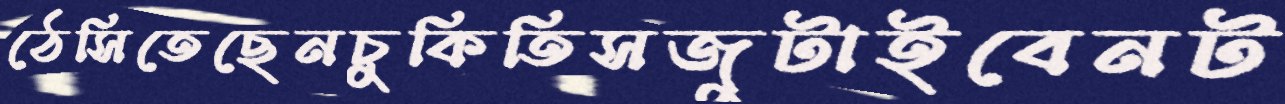
ঠেসিতেছেনচুকিতিসজুটাইবেনট